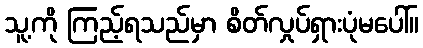
သူ့ကို ကြည့်ရသည်မှာ စိတ်လှုပ်ရှားပုံမပေါ်။